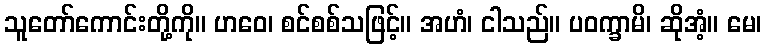
သူတော်ကောင်းတို့ကို။ ဟဝေ၊ စင်စစ်သဖြင့်။ အဟံ၊ ငါသည်။ ပဝက္ခာမိ၊ ဆိုအံ့။ မေ၊